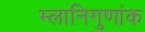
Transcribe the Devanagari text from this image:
म्लानिगुणांक